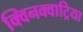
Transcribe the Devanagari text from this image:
क्विनक्वाट्रिया